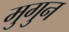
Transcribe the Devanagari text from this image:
मुगुन